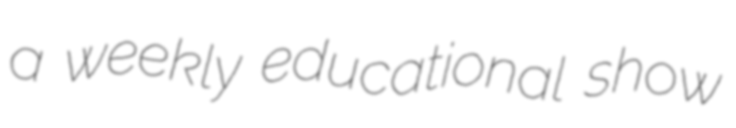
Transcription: a weekly educational show